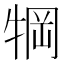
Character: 犅